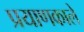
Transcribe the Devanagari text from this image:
प्रयाणकाले